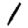
Digit: 1